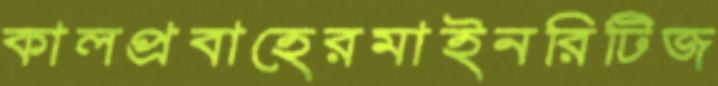
কালপ্রবাহেরমাইনরিটিজ